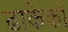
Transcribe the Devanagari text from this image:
ढाकेको